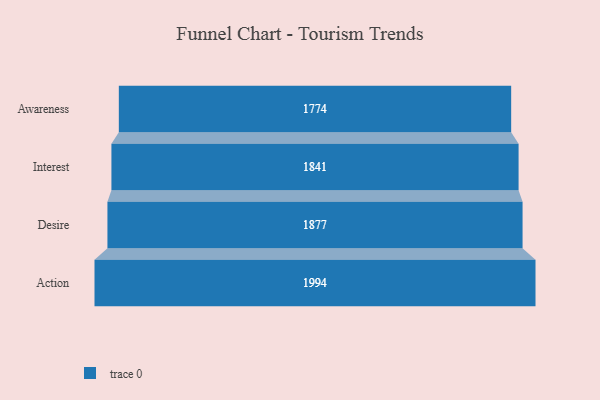
{"axis": {"x": "Stage", "y": "Value"}, "legend": [""], "data": [{"x": "Awareness", "y": 1774.0, "type": ""}, {"x": "Interest", "y": 1841.0, "type": ""}, {"x": "Desire", "y": 1877.0, "type": ""}, {"x": "Action", "y": 1994.0, "type": ""}]}